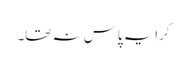
کرایہ پاس نہ تھا۔